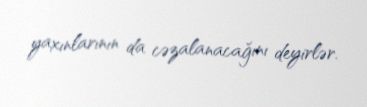
yaxınlarının da cəzalanacağını deyirlər.